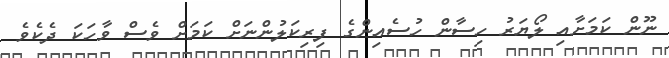
ނޫން ކަމަށާއި ލޯޔަރު ހިސާން ހުސެއިންގެ ފިރިކަލުންނަށް ކަމަށް ވެސް ވާހަކަ ދެކެވެ